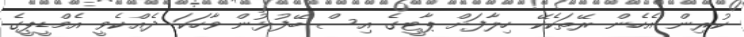
ކުރިން އެހެން ރޭތަކެކޭ ހިލާފަށް ޕާޓީގެ އިސް ބޭފުޅުން ވާހަކަ ދެއްކެވީ އެމްޑީޕީގެ